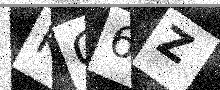
Text: KG6Z